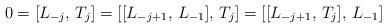
LaTeX: \begin{align*}0 = [L_{-j}, \, T_j] = [[L_{-j+1}, \, L_{-1}], \, T_j] = [[L_{-j+1}, \, T_j], \, L_{-1}]\end{align*}